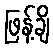
ဖြန့်ချိ